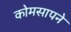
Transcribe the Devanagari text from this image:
कोमसापने